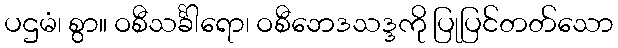
ပဌမံ၊ စွာ။ ဝစီသင်္ခါရော၊ ဝစီဘေဒသဒ္ဒကို ပြုပြင်တတ်သော